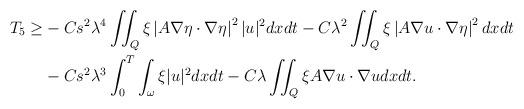
LaTeX: \begin{align*}T_5 \geq&-Cs^2 \lambda^4 \iint_Q \xi\left|A \nabla \eta \cdot \nabla \eta\right|^2 |u|^2dx d t -C\lambda^2\iint_{Q} \xi \left| A\nabla u\cdot \nabla \eta \right| ^2 dx dt\\&-C s^2 \lambda^3 \int_0^T \int_{\omega} \xi|u|^2dx d t- C\lambda \iint_Q \xi A \nabla u \cdot \nabla u dx d t.\end{align*}